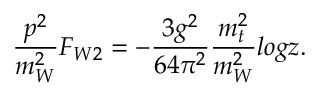
{ \frac { p ^ { 2 } } { m _ { W } ^ { 2 } } } F _ { W 2 } = - { \frac { 3 g ^ { 2 } } { 6 4 \pi ^ { 2 } } } { \frac { m _ { t } ^ { 2 } } { m _ { W } ^ { 2 } } } l o g z .